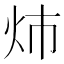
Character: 𮳝